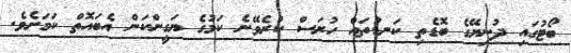
ބޯޓުގައި ދުނިޔޭގެ ބޮޑެތި ކަނޑުތައް ހުރަސް ކުރެވޭނެ ކަމުގެ ޔަގީންކަން އެބައޮތް ކަމަށެވެ.